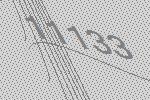
11133